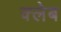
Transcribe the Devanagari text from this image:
क्लेब